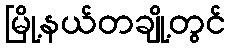
မြို့နယ်တချို့တွင်